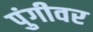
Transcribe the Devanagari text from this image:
पुंगीवर